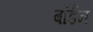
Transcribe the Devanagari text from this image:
बॉर्डन